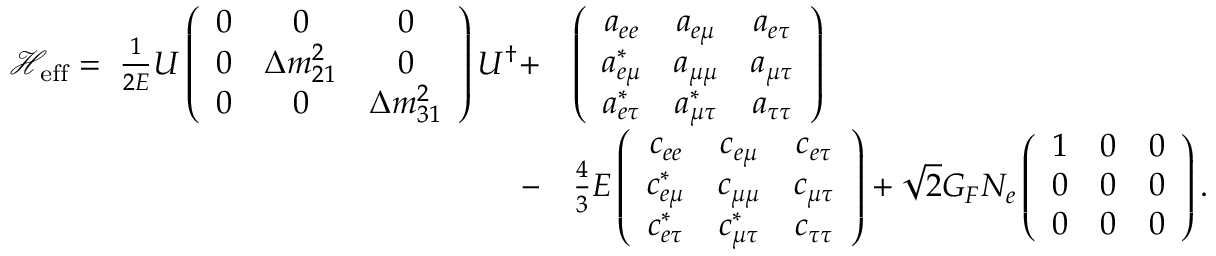
\begin{array} { r l } { \mathcal { H } _ { \mathrm { e f f } } = \; \frac { 1 } { 2 E } U \left( \begin{array} { c c c } { 0 } & { 0 } & { 0 } \\ { 0 } & { \Delta m _ { 2 1 } ^ { 2 } } & { 0 } \\ { 0 } & { 0 } & { \Delta m _ { 3 1 } ^ { 2 } } \end{array} \right) U ^ { \dagger } + } & { \left( \begin{array} { c c c } { a _ { e e } } & { a _ { e \mu } } & { a _ { e \tau } } \\ { a _ { e \mu } ^ { * } } & { a _ { \mu \mu } } & { a _ { \mu \tau } } \\ { a _ { e \tau } ^ { * } } & { a _ { \mu \tau } ^ { * } } & { a _ { \tau \tau } } \end{array} \right) } \\ { - } & { \frac { 4 } { 3 } E \left( \begin{array} { c c c } { c _ { e e } } & { c _ { e \mu } } & { c _ { e \tau } } \\ { c _ { e \mu } ^ { * } } & { c _ { \mu \mu } } & { c _ { \mu \tau } } \\ { c _ { e \tau } ^ { * } } & { c _ { \mu \tau } ^ { * } } & { c _ { \tau \tau } } \end{array} \right) + \sqrt { 2 } G _ { F } N _ { e } \left( \begin{array} { c c c } { 1 } & { 0 } & { 0 } \\ { 0 } & { 0 } & { 0 } \\ { 0 } & { 0 } & { 0 } \end{array} \right) . } \end{array}